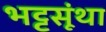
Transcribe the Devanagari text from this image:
भट्टसूंथा